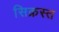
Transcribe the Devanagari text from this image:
सिक्रस्त